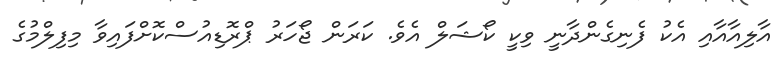
އާލިއާއާއި އެކު ފެނިގެންދާނީ ވިކީ ކޯޝަލް އެވެ. ކަރަން ޖޯހަރު ޕްރޮޑިއުސްކޮށްފައިވާ މިފިލްމުގެ